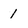
Character: 1